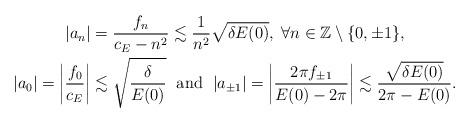
LaTeX: \begin{gather*} |a_n|= \frac{f_n}{c_E- n^2}\lesssim \frac{1}{n^2} \sqrt{\delta E(0)}, \; \forall n\in \mathbb{Z}\setminus\{0, \pm 1\}, \\ |a_0|= \left|\frac{f_0}{c_E}\right|\lesssim \sqrt{\frac{\delta}{E(0)}} \; \textrm{ and } \; |a_{\pm 1}|= \left|\frac{2\pi f_{\pm 1}}{E(0)- 2\pi}\right| \lesssim \frac{\sqrt{\delta E(0)}}{2\pi- E(0)}.\end{gather*}